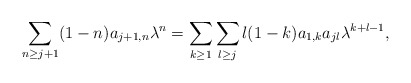
\begin{align*}\sum_{n\geq j+1}(1-n)a_{j+1, n}\lambda^{n}=\sum_{k\geq 1}\sum_{l\geq j}l(1-k) a_{1,k}a_{jl}\lambda^{k+l-1},\end{align*}